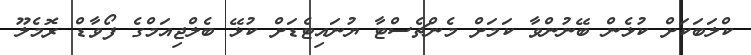
ކްލަބަކަށް ކުޅެން ބޭނުންވާ ކަމަށް މެންޗެސްޓާ ޔުނައިޓެޑަށް ކުޅޭ ބެލްޖިއަމްގެ ފޯވާޑް ރޮމެލޫ